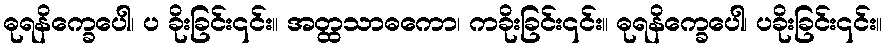
ဓုရနိက္ခေပေါ၊ ပ ခိုးခြင်း၎င်း။ အတ္ထသာဓကော၊ ကခိုးခြင်း၎င်း။ ဓုရနိက္ခေပေါ၊ ပခိုးခြင်း၎င်း။